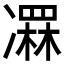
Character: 𠘏